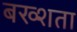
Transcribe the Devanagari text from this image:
बख्शता